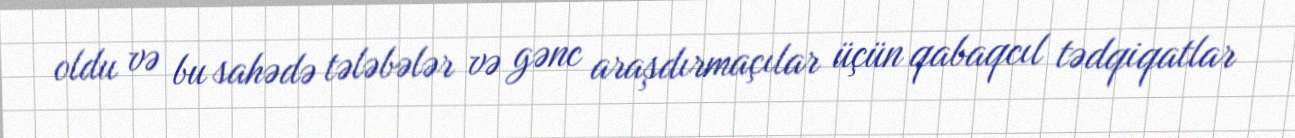
oldu və bu sahədə tələbələr və gənc araşdırmaçılar üçün qabaqcıl tədqiqatlar